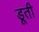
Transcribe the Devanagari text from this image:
डूती